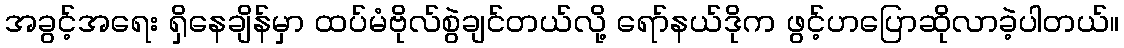
အခွင့်အရေး ရှိနေချိန်မှာ ထပ်မံဗိုလ်စွဲချင်တယ်လို့ ရော်နယ်ဒိုက ဖွင့်ဟပြောဆိုလာခဲ့ပါတယ်။